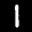
Label: 1